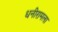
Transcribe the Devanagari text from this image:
धनीरामला